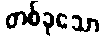
တစ်ခုသော